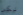
لكن